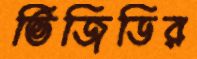
ভিজিডির